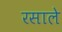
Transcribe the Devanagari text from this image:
रसाले